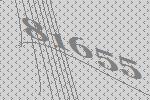
81655